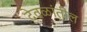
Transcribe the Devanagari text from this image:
देवळांतील